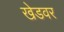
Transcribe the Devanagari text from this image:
खेडवर